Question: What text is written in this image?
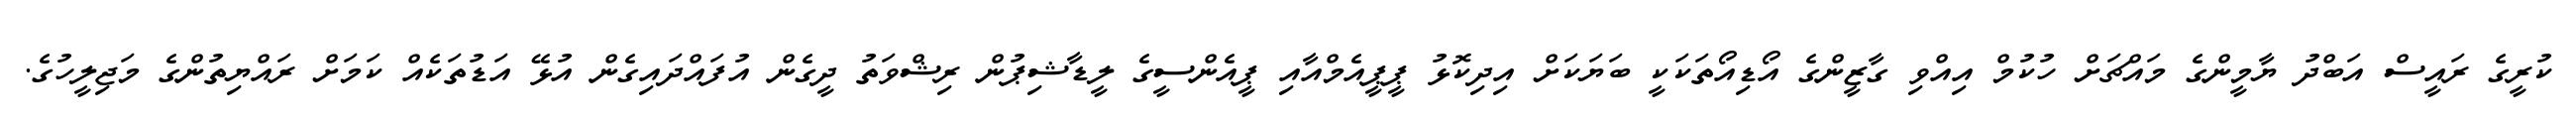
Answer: ކުރީގެ ރައީސް އަބްދު ޔާމީންގެ މައްޗަށް ހުކުމް އިއްވި ގާޒީންގެ އޯޑިއޯތަކަކީ ބަޔަކަށް އިދިކޮޅު ޕީޕީއެމްއާއި ޕީއެންސީގެ ލީޑާޝިޕުން ރިޝްވަތު ދީގެން އުފައްދައިގެން އުޅޭ އަޑުތަކެއް ކަމަށް ރައްޔިތުންގެ މަޖިލީހުގެ.